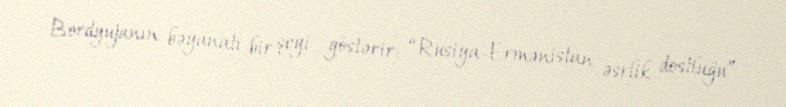
Bordyujanın bəyanatı bir şeyi göstərir: “Rusiya-Ermənistan əsrlik dostluğu”